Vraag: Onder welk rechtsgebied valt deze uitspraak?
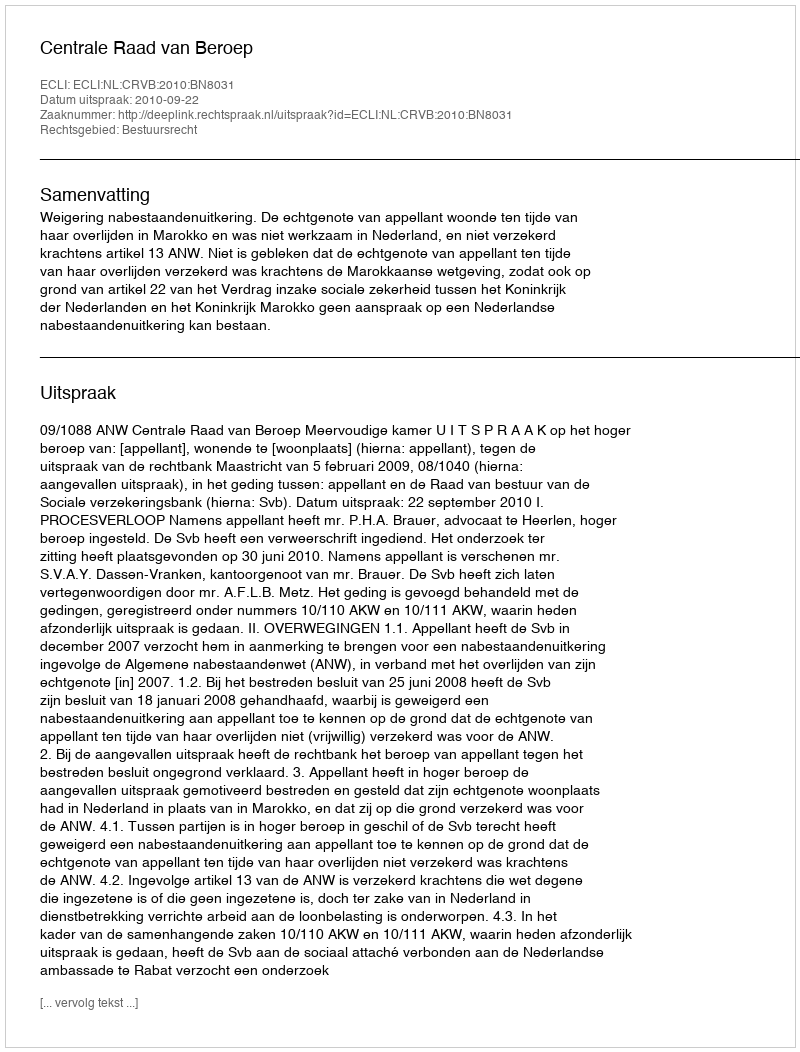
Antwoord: Bestuursrecht